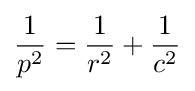
{\frac {1}{p^{2}}}={\frac {1}{r^{2}}}+{\frac {1}{c^{2}}}